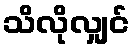
သိလိုလျှင်